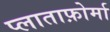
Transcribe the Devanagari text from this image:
प्लाताफ़ोर्मा